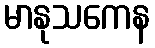
မာနုသကေန